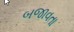
બજાવતા